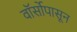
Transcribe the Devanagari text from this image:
वॉर्सोपासून